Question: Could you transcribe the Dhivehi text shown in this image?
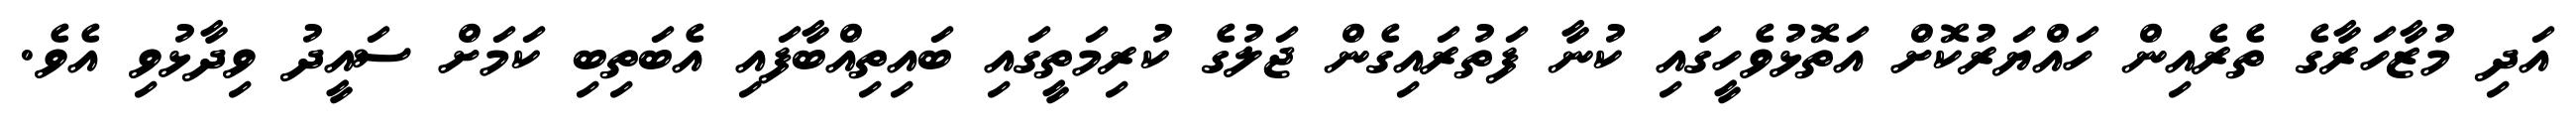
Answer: އަދި މުޒާހަރާގެ ތެރެއިން ހައްޔަރުކޮށް އަތޮޅުވެހީގައި ކުނާ ފަތުރައިގެން ޖަލުގެ ކުރިމަތީގައި ބައިތިއްބާފައި އެބަތިބި ކަމަށް ސައީދު ވިދާޅުވި އެވެ.